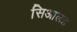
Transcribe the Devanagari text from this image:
सिआलह